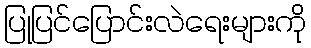
ပြုပြင်ပြောင်းလဲရေးများကို